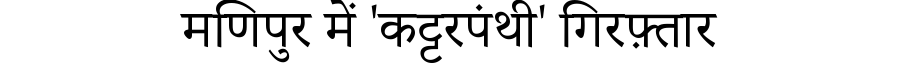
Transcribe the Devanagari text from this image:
मणिपुर में 'कट्टरपंथी' गिरफ़्तार